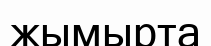
жымырта